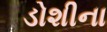
ડોશીના